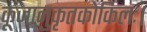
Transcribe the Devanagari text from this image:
कूजानुकृतकोकिलः।